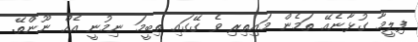
ފިލީމާ ގުޅާނެއޭ ތަމެން މައިތިރި ވެ ގޭގައި ތިބީމަ ނިމުނީ އެއް ނޫންތޭ.